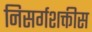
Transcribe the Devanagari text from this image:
निसर्गशक्तीस